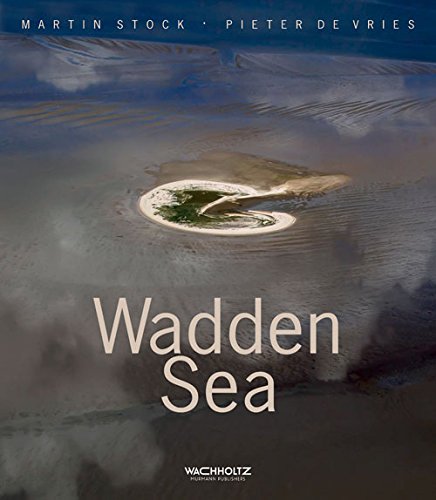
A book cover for Wadden Sea; Pieter de Vries; Arts & Photography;